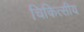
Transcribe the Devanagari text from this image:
चिकित्‍सीय